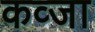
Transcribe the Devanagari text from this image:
कव्जा